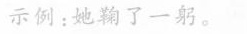
示例：她鞠了一躬。